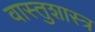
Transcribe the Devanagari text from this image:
वास्‍तुशास्‍त्र